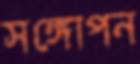
সঙ্গোপন